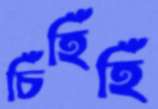
চিঁহিঁহিঁ